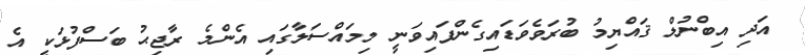
އަދި އިބްނުލް ޤައްޔިމު ބުރަވެވަޑައިގެންފައިވަނީ މިމައްސަލާގައި އެންމެ ރާޖިޙު ބަސްފުޅަކީ އެ